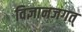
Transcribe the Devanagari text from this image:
विज्ञानजगत्‌